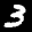
Label: 3